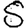
Digit: 5